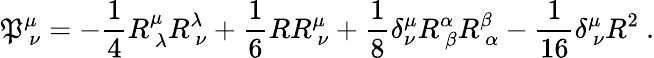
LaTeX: \mathfrak{P}_{\ \nu}^{\mu}=-{\frac{{1}}{{4}}}R_{\ \lambda}^{\mu}R_{\ \nu}^{\lambda}+{\frac{{1}}{{6}}}RR_{\ \nu}^{\mu}+{\frac{{1}}{{8}}}\delta_{\nu}^{\mu}R_{\ \beta}^{\alpha}R_{\ \alpha}^{\beta}-{\frac{{1}}{{16}}}\delta_{\ \nu}^{\mu}R^{2}\ .